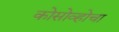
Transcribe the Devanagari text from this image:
कोसोव्होचा